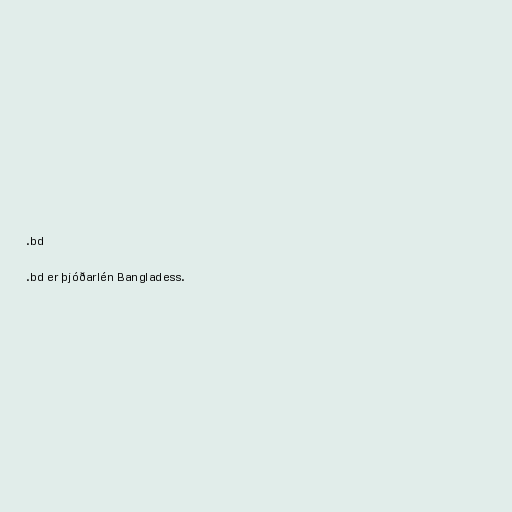
.bd

.bd er þjóðarlén Bangladess.